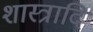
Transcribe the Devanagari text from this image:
शास्त्रादि